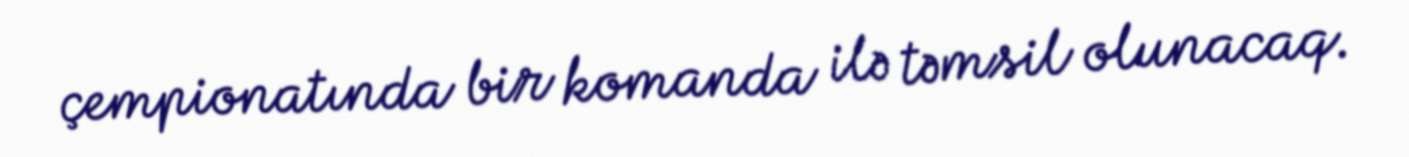
çempionatında bir komanda ilə təmsil olunacaq.